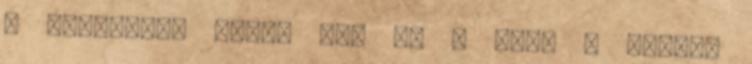
a fejükre”, akkor meg az a baj. A lényeg